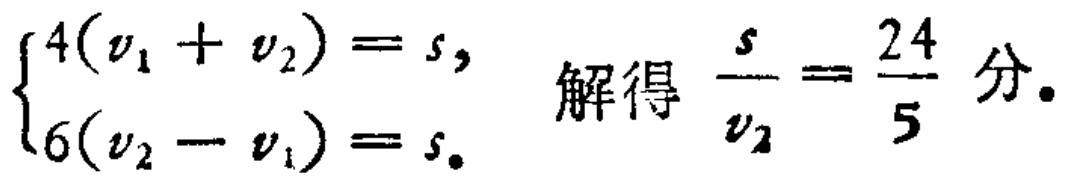
$\begin{cases}4(v_{1} + v_{2}) = s,\\6(v_{2} - v_{1}) = s.\end{cases}$ 解得 $\dfrac{s}{v_{2}}=\dfrac{24}{5}$ 分.